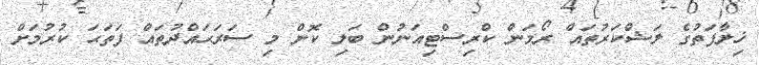
ޚިލާފަތުގެ ލަޝްކަރުތައް ރޯމަން ކްރިސްޓިއަނުން ބަލި ކޮށް މި ސަރަޙައްދުތައް ފަތަޙަ ކުރުމަށް